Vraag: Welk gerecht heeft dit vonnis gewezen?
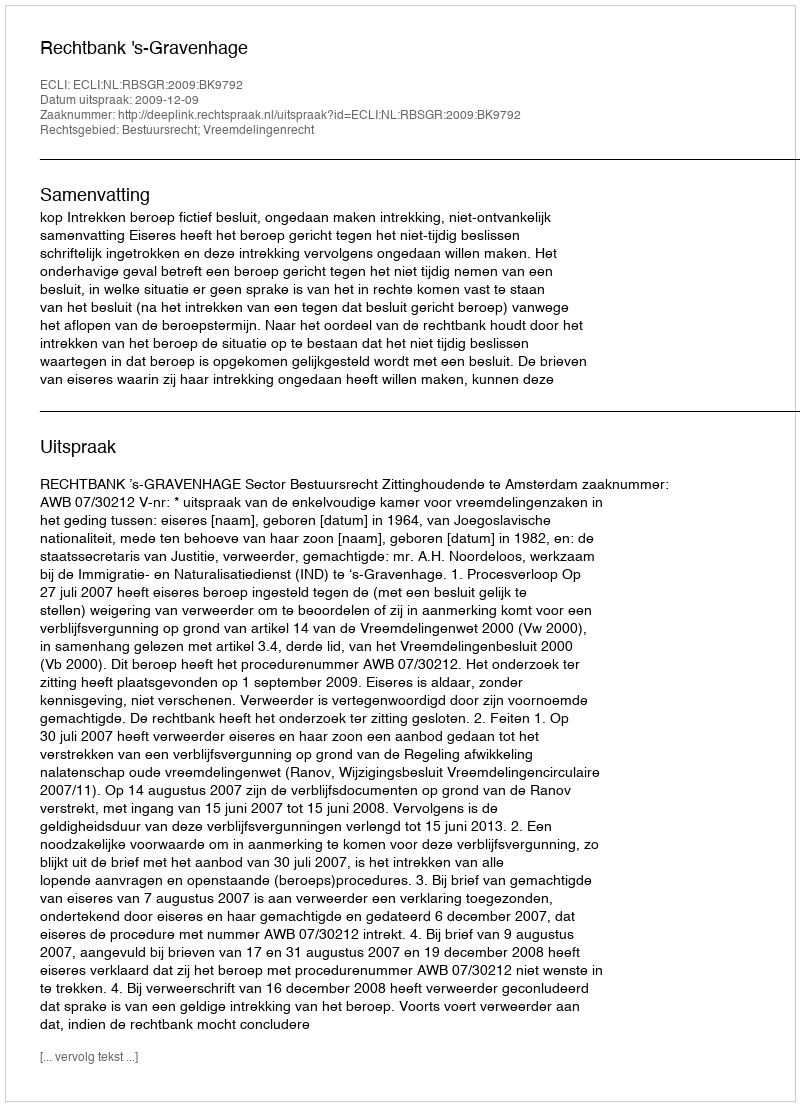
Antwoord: Rechtbank 's-Gravenhage